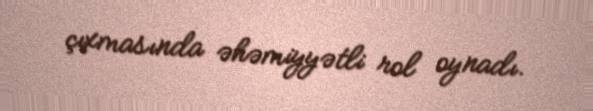
çıxmasında əhəmiyyətli rol oynadı.